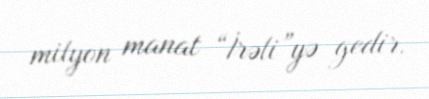
milyon manat “İrəli”yə gedir.